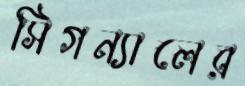
সিগন্যালের